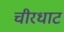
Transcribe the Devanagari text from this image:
चीरधाट